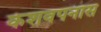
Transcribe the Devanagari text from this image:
केशवपनास